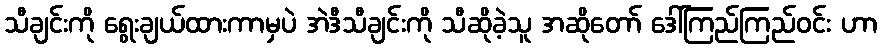
သီချင်းကို ရွေးချယ်ထားကာမှပဲ အဲဒီသီချင်းကို သီဆိုခဲ့သူ အဆိုတော် ဒေါ်ကြည်ကြည်ဝင်း ဟာ